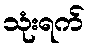
သုံးရက်